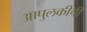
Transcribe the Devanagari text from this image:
आपुलकीची